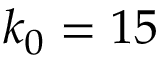
k _ { 0 } = 1 5